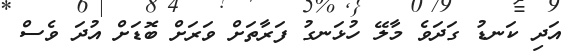
އަދި ކަނޑު ގަދަވެ މާލޭ ހުޅަނގު ފަރާތަށް ވަރަށް ބޮޑަށް އުދަ ވެސް